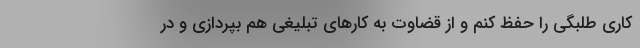
کاری طلبگی را حفظ کنم و از قضاوت به کارهای تبلیغی هم بپردازی و در